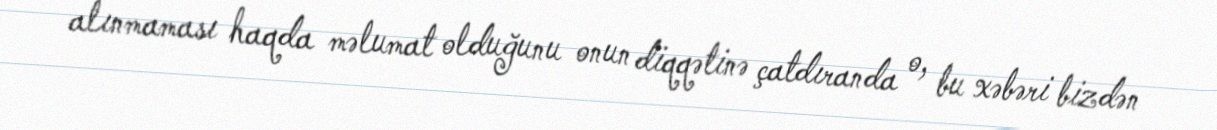
alınmaması haqda məlumat olduğunu onun diqqətinə çatdıranda o, bu xəbəri bizdən